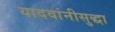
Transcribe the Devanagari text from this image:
यादवांनीसुद्धा